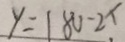
y = 1 8 0 - 2 x